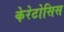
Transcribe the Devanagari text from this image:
केरेटोसिस